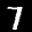
Label: 7